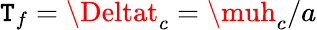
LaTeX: \mathtt{T}_{f}=\Deltat_{c}=\muh_{c}/a